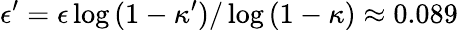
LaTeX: \epsilon^{\prime}=\epsilon\log{(1-\kappa^{\prime})}/\log{(1-\kappa)}\approx 0.089